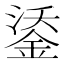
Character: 鋈